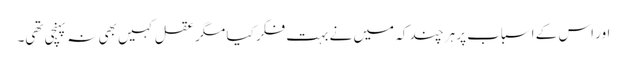
اور اس کے اسباب پر ہر چند کہ میں نے بہت فکر کیا مگر عقل کہیں بھی نہ پہنچی تھی۔